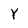
Character: Y